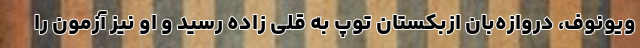
ویونوف، دروازه‌بان ازبکستان توپ به قلی زاده رسید و او نیز آزمون را